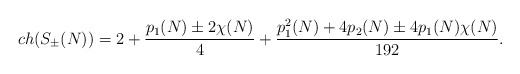
\begin{align*}ch(S_{\pm}(N))=2+{{p_1(N)\pm 2\chi(N)}\over{4}}+{{p_1^2(N)+4p_2(N)\pm 4p_1(N)\chi(N)}\over{192}}.\end{align*}